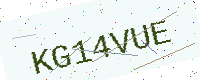
Text: KG14VUE